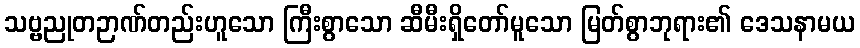
သဗ္ဗညုတဉာဏ်တည်းဟူသော ကြီးစွာသော ဆီမီးရှိတော်မူသော မြတ်စွာဘုရား၏ ဒေသနာမယ